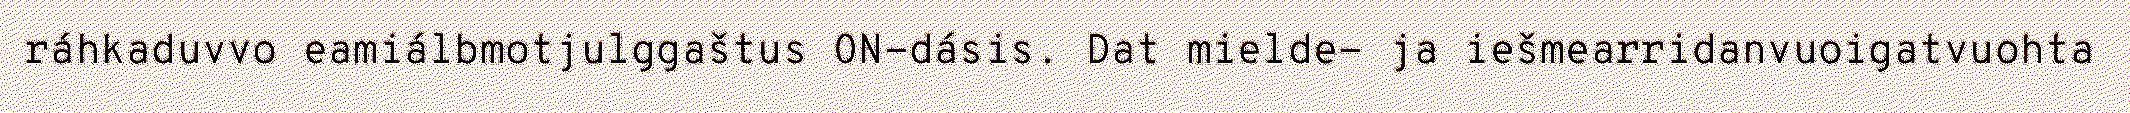
ráhkaduvvo eamiálbmotjulggaštus ON-dásis. Dat mielde- ja iešmearridanvuoigatvuohta